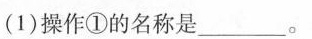
（1）操作①的名称是___。